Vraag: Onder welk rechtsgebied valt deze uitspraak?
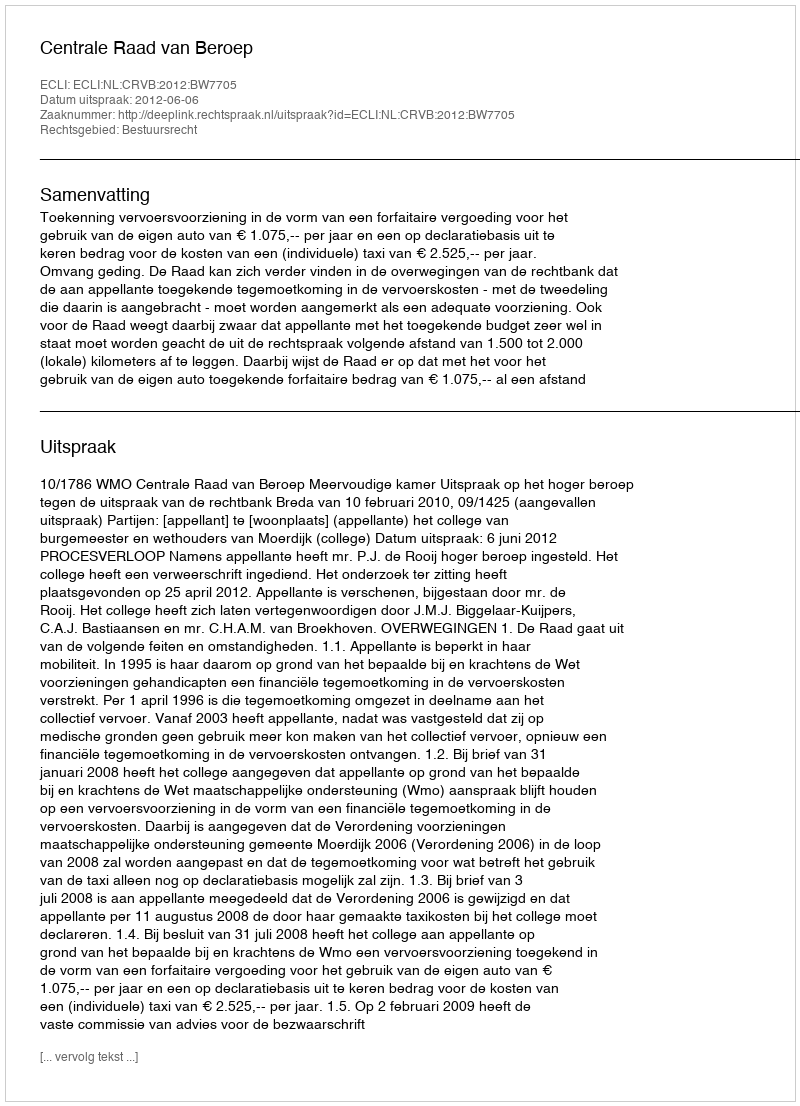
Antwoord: Bestuursrecht